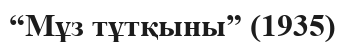
“Мұз тұтқыны” (1935)